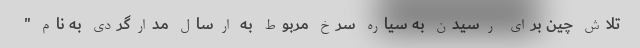
تلاش چین برای رسیدن به سیاره سرخ مربوط به ارسال مدارگردی به نام "